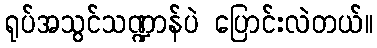
ရုပ်အသွင်သဏ္ဍာန်ပဲ ပြောင်းလဲတယ်။